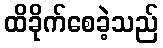
ထိခိုက်စေခဲ့သည်